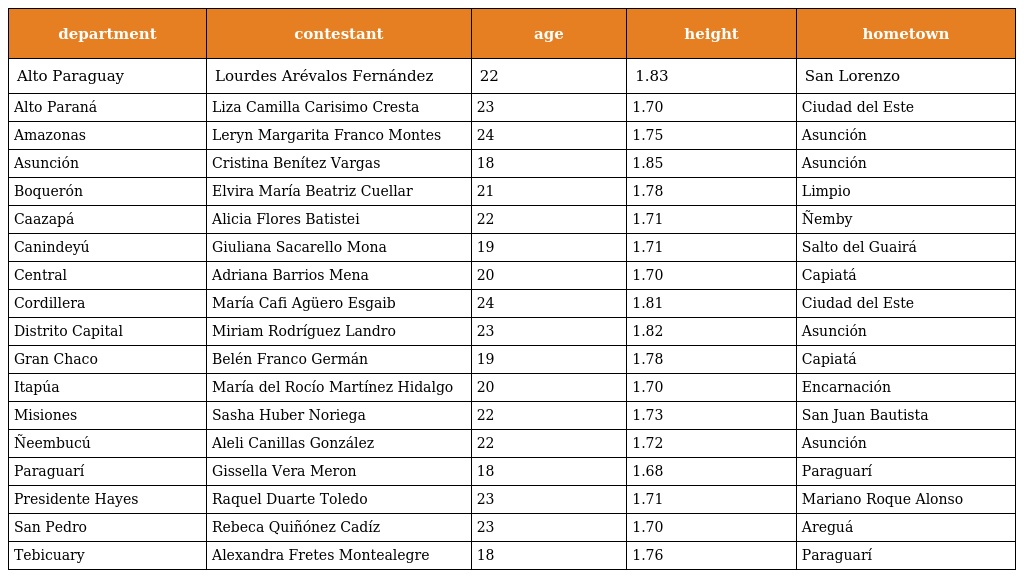
| department | contestant | age | height | hometown |
 | --- | --- | --- | --- | --- |
 | Alto Paraguay | Lourdes Arévalos Fernández | 22 | 1.83 | San Lorenzo |
 | Alto Paraná | Liza Camilla Carisimo Cresta | 23 | 1.70 | Ciudad del Este |
 | Amazonas | Leryn Margarita Franco Montes | 24 | 1.75 | Asunción |
 | Asunción | Cristina Benítez Vargas | 18 | 1.85 | Asunción |
 | Boquerón | Elvira María Beatriz Cuellar | 21 | 1.78 | Limpio |
 | Caazapá | Alicia Flores Batistei | 22 | 1.71 | Ñemby |
 | Canindeyú | Giuliana Sacarello Mona | 19 | 1.71 | Salto del Guairá |
 | Central | Adriana Barrios Mena | 20 | 1.70 | Capiatá |
 | Cordillera | María Cafi Agüero Esgaib | 24 | 1.81 | Ciudad del Este |
 | Distrito Capital | Miriam Rodríguez Landro | 23 | 1.82 | Asunción |
 | Gran Chaco | Belén Franco Germán | 19 | 1.78 | Capiatá |
 | Itapúa | María del Rocío Martínez Hidalgo | 20 | 1.70 | Encarnación |
 | Misiones | Sasha Huber Noriega | 22 | 1.73 | San Juan Bautista |
 | Ñeembucú | Aleli Canillas González | 22 | 1.72 | Asunción |
 | Paraguarí | Gissella Vera Meron | 18 | 1.68 | Paraguarí |
 | Presidente Hayes | Raquel Duarte Toledo | 23 | 1.71 | Mariano Roque Alonso |
 | San Pedro | Rebeca Quiñónez Cadíz | 23 | 1.70 | Areguá |
 | Tebicuary | Alexandra Fretes Montealegre | 18 | 1.76 | Paraguarí |